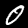
Digit: 0